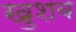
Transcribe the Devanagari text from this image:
खुशब